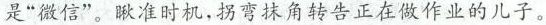
是“微信”。瞅准时机，拐弯抹角转告正在做作业的儿子。